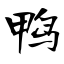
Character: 鸭